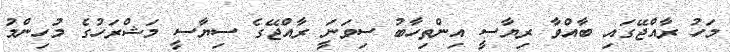
މަހު ރާއްޖޭގައި ބާއްވާ ރިޔާސީ އިންތިހާބު ސިވަނަީ ރާއްޖޭގެ ސިޔާސީ މަޝްރަހުގެ މުހިންމު